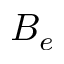
B _ { e }